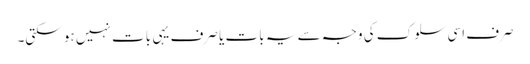
صرف اسی سلوک کی وجہ سے یہ بات یا صرف یہی بات نہیں ہو سکتی۔